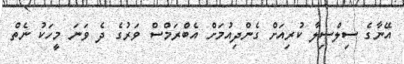
އޭނާގެ ސިލްސިލާ ކުރިއަށް ގެންދިއުމަށް އެބްރަމްސް ވަރުގެ ދެ ވަނަ މީހަކު ނެތް